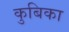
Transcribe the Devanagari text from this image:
कुबिका